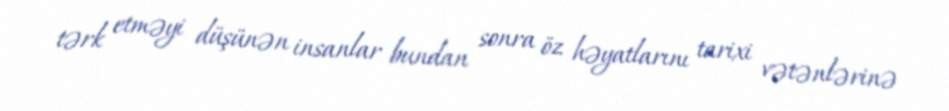
tərk etməyi düşünən insanlar bundan sonra öz həyatlarını tarixi vətənlərinə